system: You are a helpful assistant.
user:
Analyze the provided spectrum to determine if it is a **White Dwarf (WD)**.

A White Dwarf spectrum is defined by its **extreme purity** (due to gravitational settling) and/or **extreme pressure broadening** (due to high surface gravity). You must check for one of the following mutually exclusive signatures:

- **Key Visual Indicators (Check for ONE of these types):**

    - **1. DA-Type Signature (Most Common):**
        - **(Primary Feature):** Extreme pressure broadening (Stark broadening) of the **Hydrogen (H) Balmer lines**.
        - **(Key Lines):** $H\beta$ (approx. $4861$ Å) and $H\gamma$ (approx. $4340$ Å). $H\alpha$ (approx. $6563$ Å) will also be present if the wavelength range covers it.
        - **(Line Profile):** This is the **defining feature**. The lines are **NOT** sharp. They appear as massive, **extremely broad and deep "troughs" or "dips"** in the spectrum, often hundreds of Ångströms wide. The continuum will appear to "scoop" down at these wavelengths.
        - **(Distinction):** Normal A-type or B-type stars have *narrow* and *sharp* Hydrogen lines. A DA White Dwarf's lines are unmistakably "smeared" or "blurry" from pressure.

    - **2. DB-Type Signature:**
        - **(Primary Feature):** Broad absorption lines from **Neutral Helium (He I)**. The spectrum must lack any visible Hydrogen lines.
        - **(Key Lines):** Look for broad absorption near $4471$ Å, $4921$ Å, and $5876$ Å.
        - **(Line Profile):** These lines are also significantly pressure-broadened, appearing much wider than they would in a normal B-type main-sequence star.

    - **3. DC-Type Signature:**
        - **(Primary Feature):** A **featureless continuous spectrum**.
        - **(Line Profile):** The spectrum is a smooth curve with **no significant absorption or emission lines**.
        - **(Key Confirmation):** The continuum is almost always **blue or white**, indicating a hot object. This signature implies the atmosphere is so pure (or so cool) that no spectral lines are visible in the optical range. Its WD identity is confirmed by its extremely low intrinsic brightness (high absolute magnitude).

    - **4. DZ-Type Signature (Metal-Polluted):**
        - **(Primary Feature):** **Isolated, narrow metal absorption lines** on an otherwise featureless (DC-like) continuum.
        - **(Key Lines):** The **Calcium (Ca II) H & K doublet** (approx. **$3934$ Å** and **$3968$ Å**) is the most common and defining feature.
        - **(Line Profile):** These lines are "out of place." They are *not* part of a "forest" of thousands of lines. This signature is evidence of recent *accretion* (pollution) from rocky debris.
        - **(Distinction):** Normal G/K/M stars have a *dense forest* of thousands of metal lines. A DZ has a *clean* continuum with *only a few* strong metal lines.

    - **5. DQ-Type Signature (Carbon-Polluted):**
        - **(Primary Feature):** Absorption bands from **Carbon (C₂ "Swan Bands" or atomic C I)**.
        - **(Key Lines - C₂):** Look for bandheads with a "saw-tooth" shape near $5635$ Å, **$5165$ Å** (strongest), and $4737$ Å.
        - **(Key Confirmation):** The underlying **continuum must be blue or white** (hot).
        - **(Distinction):** This is the critical difference from a **Carbon Star**, which has the *exact same* C₂ bands but on an extremely **red, cool** continuum.

- **(Overall Spectrum):**
    - The continuum (overall shape) is typically **blue-sloping** (brighter in the blue than the red), as most white dwarfs are very hot.
    - The spectrum will look "pure" or "simple," dominated by only *one* of the five signatures listed above.

Think first, call **spectral_visualization_tool** if needed to examine features in detail, then provide your final answer. Your response must adhere to the following strict rules:
1.  **Overall Structure:** Your response must follow the format `<think>...</think> <tool_call>...</tool_call> (if a tool is used) <answer>...</answer>`.
2.  **Tool Usage Constraint:** You may only make **one** tool call per turn.
3.  **Final Answer Format:** In the `<answer>` tag, your conclusion must be inside a `\boxed{}` command (e.g., `\boxed{YES}` or `\boxed{NO}`), followed by your justification.

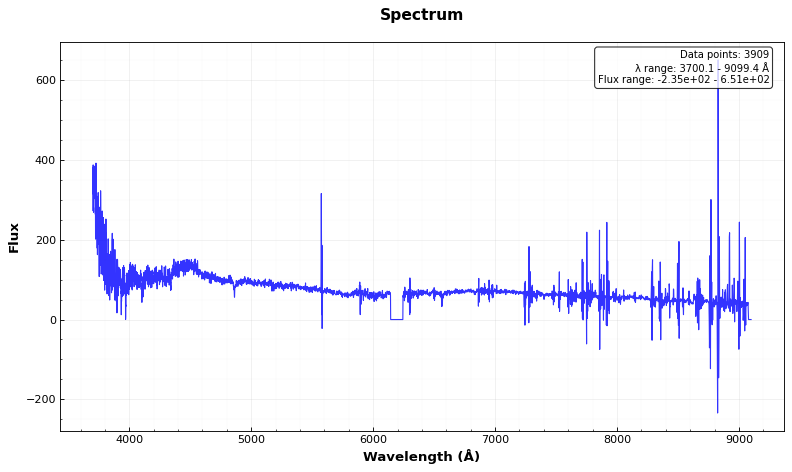
Answer: NO